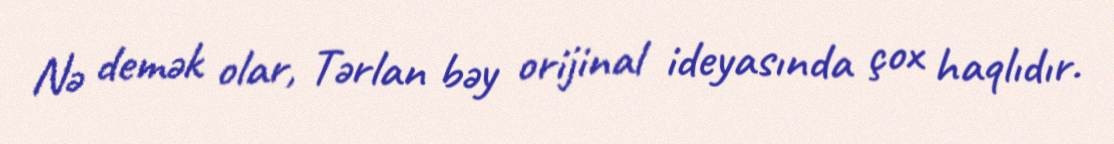
Nə demək olar, Tərlan bəy orijinal ideyasında çox haqlıdır.